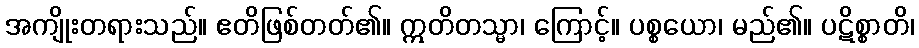
အကျိုးတရားသည်။ ဧတိဖြစ်တတ်၏။ ဣတိတသ္မာ၊ ကြောင့်။ ပစ္စယော၊ မည်၏။ ပဋိစ္စာတိ၊